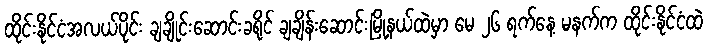
ထိုင်းနိုင်ငံအလယ်ပိုင်း ချချိုင်းဆောင်းခရိုင် ချချိန်းဆောင်းမြို့နယ်ထဲမှာ မေ ၂၆ ရက်နေ့ မနက်က ထိုင်းနိုင်ငံထဲ